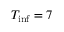
T _ { \mathrm { i n f } } = 7